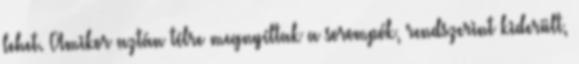
lehet. Amikor aztán télre megnyíltak a sorompók, rendszerint kiderült,